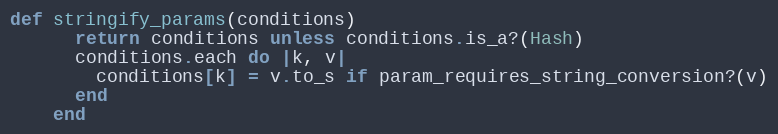
Language: Ruby
def stringify_params(conditions)
      return conditions unless conditions.is_a?(Hash)
      conditions.each do |k, v|
        conditions[k] = v.to_s if param_requires_string_conversion?(v)
      end
    end